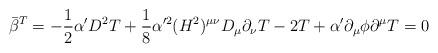
LaTeX: \begin{align*}\bar{\beta}^T = -\frac{1}{2} \alpha' D^2 T + \frac{1}{8} \alpha'^2 (H^2)^{\mu\nu} D_{\mu}\partial_{\nu} T - 2T + \alpha' \partial_{\mu} \phi \partial^{\mu} T = 0\end{align*}